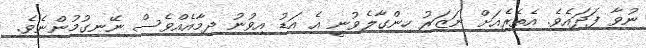
ނުވާ ފަދައެވެ. އެތެރެއަށް ނަޒަރު ހިންގާލެވުނީ އެ އަޑު އިވުނު ދިމާއެއްވެސް ނޭނގުމުންނެވެ.